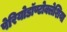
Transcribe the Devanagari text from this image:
पेरियोडॉण्टोक्लेशिया